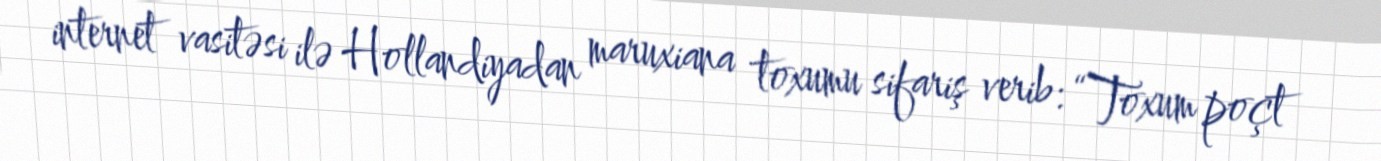
internet vasitəsi ilə Hollandiyadan maruxiana toxumu sifariş verib: “Toxum poçt